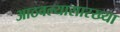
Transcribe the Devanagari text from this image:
आठवल्यासारख्या